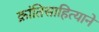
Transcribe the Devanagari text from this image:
क्रांतिसाहित्याने